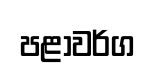
පළාවර්ග